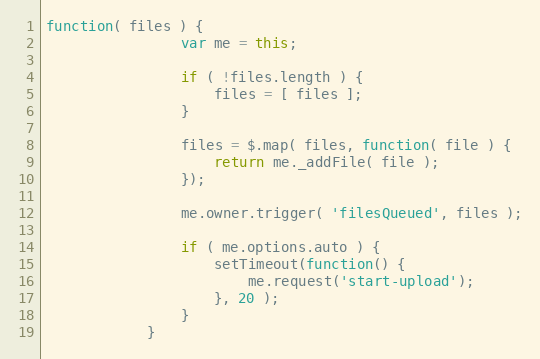
Language: JavaScript
function( files ) {
                var me = this;

                if ( !files.length ) {
                    files = [ files ];
                }

                files = $.map( files, function( file ) {
                    return me._addFile( file );
                });

                me.owner.trigger( 'filesQueued', files );

                if ( me.options.auto ) {
                    setTimeout(function() {
                        me.request('start-upload');
                    }, 20 );
                }
            }